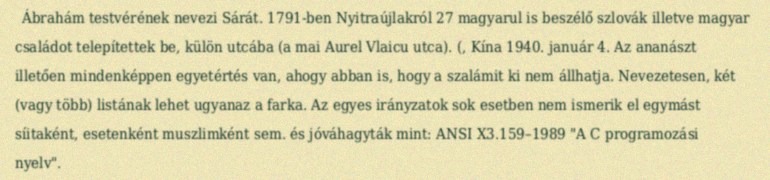
Ábrahám testvérének nevezi Sárát. 1791-ben Nyitraújlakról 27 magyarul is beszélő szlovák illetve magyar családot telepítettek be, külön utcába (a mai Aurel Vlaicu utca). (, Kína 1940. január 4. Az ananászt illetően mindenképpen egyetértés van, ahogy abban is, hogy a szalámit ki nem állhatja. Nevezetesen, két (vagy több) listának lehet ugyanaz a farka. Az egyes irányzatok sok esetben nem ismerik el egymást síitaként, esetenként muszlimként sem. és jóváhagyták mint: ANSI X3.159–1989 "A C programozási nyelv".